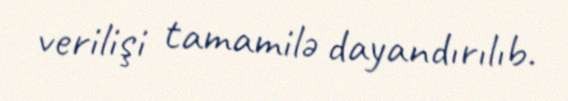
verilişi tamamilə dayandırılıb.